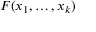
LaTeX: F ( x _ { 1 } , \dots , x _ { k } )